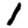
Digit: 1